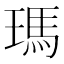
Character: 瑪